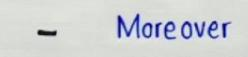
-       Moreover